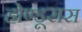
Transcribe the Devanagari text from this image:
होण्डूरास